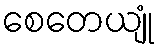
စေတေယျုံ